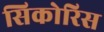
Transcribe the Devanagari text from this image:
सिकोरिस